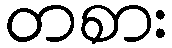
တစား